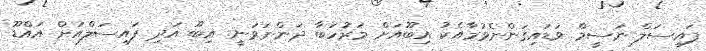
ފައިސަލް ނަސީމް ވަޑައިގަންނެވުމާއެކު އިބޫއަށް މަރުހަބާ ދަންނަވަނީ. އިބޫ އަދި ފައިސަލްއަށް އައްޑޫ